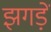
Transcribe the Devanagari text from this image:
झगड़ें